Sketch of the medical history of the native army of Bombay, for the year
Year: 1875
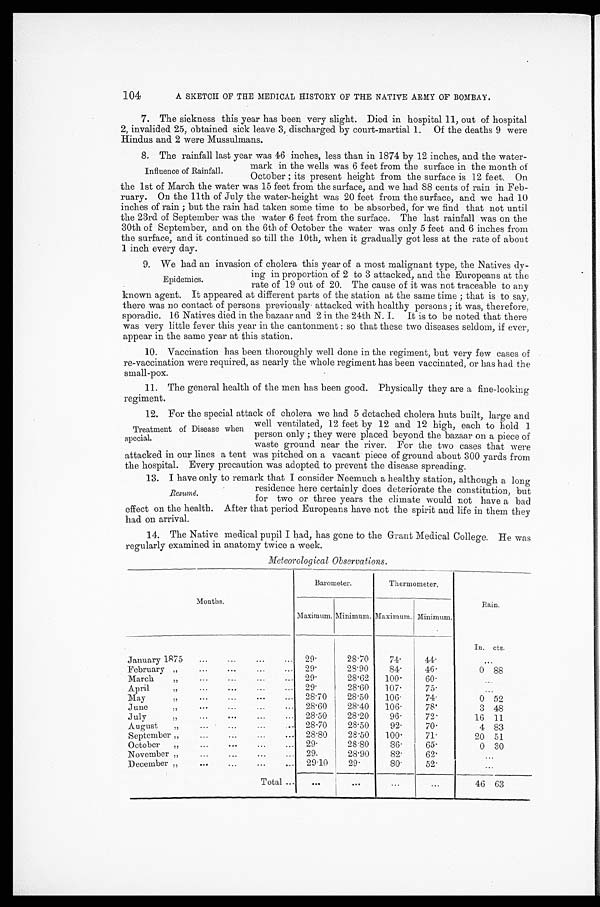
104
A SKETCH OF THE MEDICAL HISTORY OF THE NATIVE ARMY OF BOMBAY.
7.
The sickness this year has been very slight. Died in hospital 11, out of hospital
2, invalided 25, obtained sick leave 3, discharged by court-martial 1. Of the deaths 9 were
Hindus and 2 were Mussulmans.
8.
The rainfall last year was 46 inches, less than in 1874 by 12 inches, and the water-
Influence of Rainfall.
mark in the wells was 6 feet from the surface in the month of
October ; its present height from the surface is 12 feet. On
the 1st of March the water was 15 feet from the surface, and we had 88 cents of rain in Feb-
ruary. On the 11th of July the water-height was 20 feet from the surface, and we had 10
inches of rain ; but the rain had taken some time to be absorbed, for we find that not until
the 23rd of September was the water 6 feet from the surface. The last rainfall was on the
30th of September, and on the 6th of October the water was only 5 feet and 6 inches from
the surface, and it continued so till the 10th, when it gradually got less at the rate of about
1 inch every day.
9. We had an invasion of cholera this year of a most malignant type, the Natives dy-
ing in proportion of 2 to 3 attacked, and the Europeans at the
rate of 19 out of 20. The cause of it was not traceable to any
known agent. It appeared at different parts of the station at the same time ; that is to say,
there was no contact of persons previously attacked with healthy persons ; it was, therefore,
sporadic. 16 Natives died in the bazaar and 2 in the 24th N. I. It is to be noted that there
was very little fever this year in the cantonment : so that these two diseases seldom, if ever,
appear in the same year at this station.
10.
Vaccination has been thoroughly well done in the regiment, but very few cases of
re-vaccination were required, as nearly the whole regiment has been vaccinated, or has had the
small-pox.
11.
The general health of the men has been good. Physically they are a fine-looking
regiment.
12.
For the special attack of cholera we had 5 detached cholera huts built, large and
Epidemics.
Treatment of Disease when
special.
well ventilated, 12 feet by 12 and 12 high, each to hold 1
person only ; they were placed beyond the bazaar on a piece of
waste ground near the river. For the two cases that were
attacked in our lines a tent was pitched on a vacant piece of ground about 300 yards from
the hospital. Every precaution was adopted to prevent the disease spreading.
13.
I have only to remark that I consider Neemuch a healthy station, although a long
residence here certainly does deteriorate the constitution, but
for two or three years the climate would not have a bad
effect on the health. After that period Europeans have not the spirit and life in them they
had on arrival.
14.
The Native medical pupil I had, has gone to the Grant Medical College. He was
regularly examined in anatomy twice a week.
Meteorological Observations.
Months.
Barometer.
Thermometer.
Rain.
Maximum. Minimum. Maximum. Minimum.
In. cts.
January 1875
. . .
. . . . . .
. . .
29
.
2 8
. 7 0
74.
44
.
. . .
F e b r u a r y
, ,
. . .
. . .
. . .
. . .
2 9
.
2 8
. 9 0
84.
46.
0 88
March
, ,
. . .
. . .
. . .
. . .
29
.
2 8
. 6 2
1 0 0
.
60.
. . .
April
, ,
. . .
. . .
. . .
. . .
29
.
28.60
107.
75.
. . .
May
, ,
. . .
. . .
. . .
. . .
28 . 70
2 8
. 5 0
106.
74.
0 52
June
, ,
. . .
. . .
. . .
. . .
28 . 60
2 8
. 4 0
106.
7 8
.
3 48
July
, ,
. . .
. . .
. . .
. . . 28 . 50
28
.
20
96.
7 2
.
16 11
August
, ,
. . .
. . .
. . .
. . . 28
.
70
28.50
92.
70.
4 83
September , ,
...
...
...
...
28.80
28.50
100.
7 1
.
20 51
October
, ,
... ... ... ...
29
.
2 8
. 8 0
86.
65.
0 30
November , ,
... ... ... ...
29
.
28
.
90
82.
6 2
.
...
December , ,
... ... ... ...
29 . 10
29.
8 0
.
5 2
.
...
Total ...
... ... ... ...
46
63
Resumē.